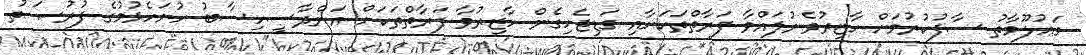
މަޢުލޫމާތު ސާފުކުރުމަށް ހާޒިރުވެނުލައްވާ ފަރާތްތަކަށާއި ގަޑިޖެހިގެން ހާޒިރުވާ ފަރާތްތަކަށް އަންދާސީހިސާބު ހުށަހެޅުމުގެ ފުރުޞަތު